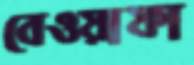
বেওয়াফা